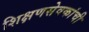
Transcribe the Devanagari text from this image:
शिक्षणसेवकांची